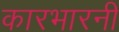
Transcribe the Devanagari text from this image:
कारभारनी